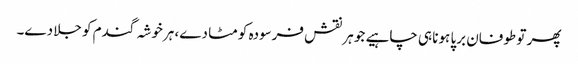
پھر تو طوفان برپا ہونا ہی چاہیے جو ہر نقش فرسودہ کو مٹا دے، ہرخوشہ گندم کو جلا دے۔